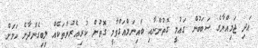
އަދި ޖަމިއްޔާގެ ސަބަބުން ގައުމީ ގޮތުންނާއި ބައިނަލްއަގްވާމީ ގޮތުން ކުރިއެރުންތަކެއް ލިބިގެންދާނެ ކަމަށް